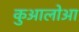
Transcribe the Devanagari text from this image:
कुआलोआ